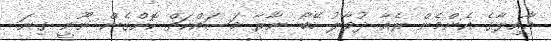
އާއިލާގެ އެންމެން ރެއާ ދުވާލު ހޭބޯ ނާރާ މަސައްކަތް ކޮށްގެން ނޫނީ ގިނަ